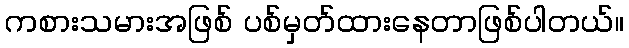
ကစားသမားအဖြစ် ပစ်မှတ်ထားနေတာဖြစ်ပါတယ်။